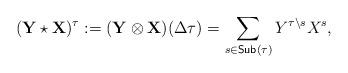
LaTeX: \begin{align*}({\bf Y\star X})^\tau := {\bf (Y\otimes X)}(\Delta\tau) = \sum_{s\in\textsf{Sub}(\tau)} Y^{\tau\backslash s}X^s,\end{align*}